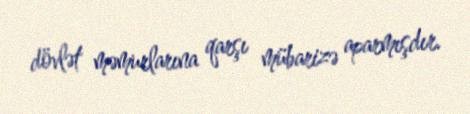
dövlət məmurlarına qarşı mübarizə aparmışdır.